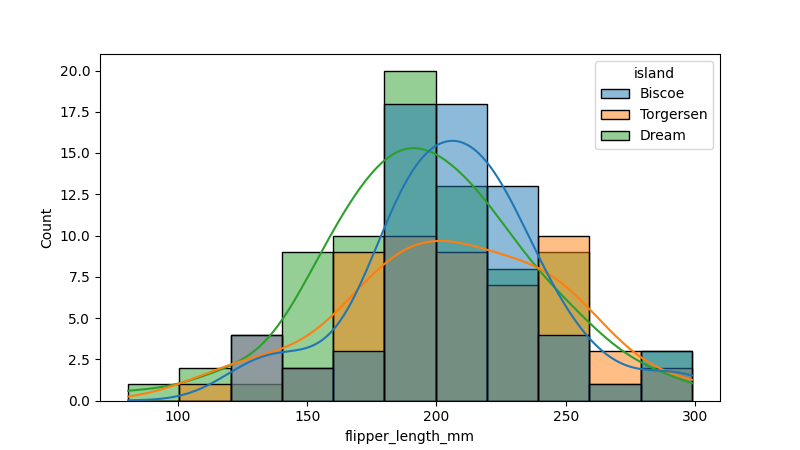
python, seaborn, histplot, hue='island', binwidth=20, bins='20', element='bars'